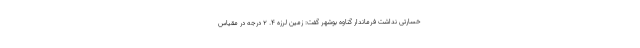
خسارتی نداشت فرماندار گناوه بوشهر گفت: زمین لرزه ۴. ۲ درجه در مقیاس